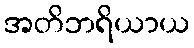
အတိဘရိယာယ